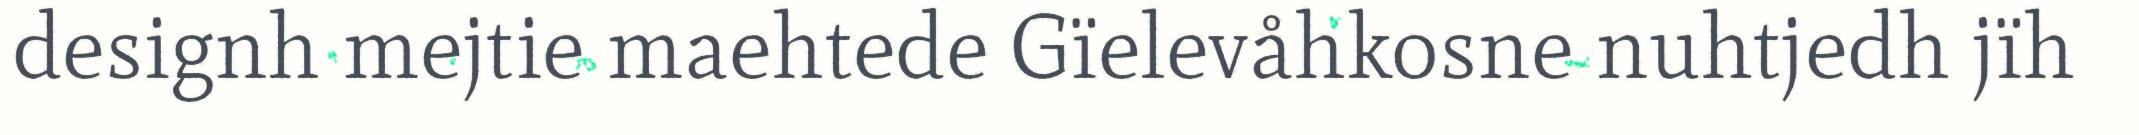
designh mejtie maehtede Gïelevåhkosne nuhtjedh jïh